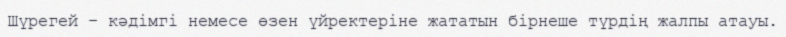
Шүрегей – кәдімгі немесе өзен үйректеріне жататын бірнеше түрдің жалпы атауы.